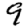
Digit: 9